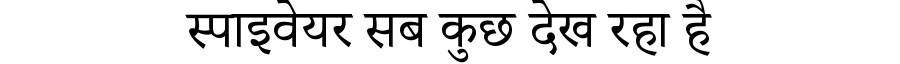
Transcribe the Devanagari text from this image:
स्पाइवेयर सब कुछ देख रहा है